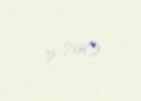
7 790